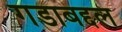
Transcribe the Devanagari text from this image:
गडाबद्दल